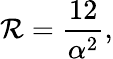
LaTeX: \mathcal{R}=\frac{{12}}{{\alpha^{2}}},